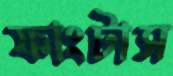
ফাংটাস